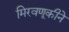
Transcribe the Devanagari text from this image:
मिरवणूकीने